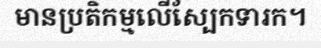
មានប្រតិកម្មលើស្បែកទារក។